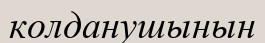
колданушынын